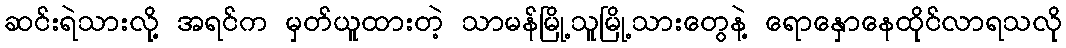
ဆင်းရဲသားလို့ အရင်က မှတ်ယူထားတဲ့ သာမန်မြို့သူမြို့သားတွေနဲ့ ရောနှောနေထိုင်လာရသလို